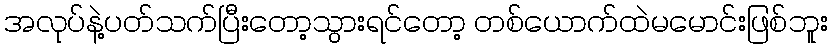
အလုပ်နဲ့ပတ်သက်ပြီးတော့သွားရင်တော့ တစ်ယောက်ထဲမမောင်းဖြစ်ဘူး